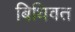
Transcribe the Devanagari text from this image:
बिधिवत